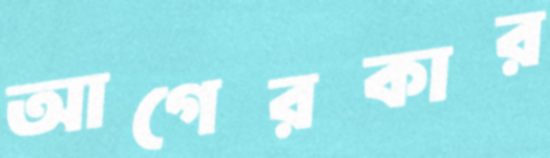
আগেরকার